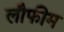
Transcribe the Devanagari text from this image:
लौफीम